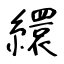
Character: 繯